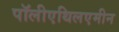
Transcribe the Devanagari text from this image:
पॉलीएथिलएमीन